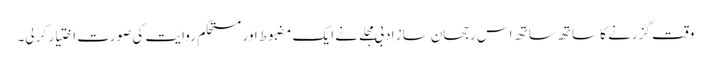
وقت گزرنے کا ساتھ ساتھ اس رجحان ساز ادبی مجلے نے ایک مضبوط اور مستحکم روایت کی صورت اختیار کر لی۔